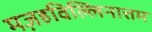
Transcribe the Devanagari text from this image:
मज़हविल्लिनात्तम